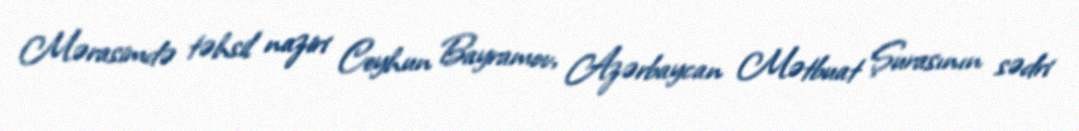
Mərasimdə təhsil naziri Ceyhun Bayramov, Azərbaycan Mətbuat Şurasının sədri